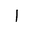
Letter: _alif